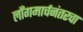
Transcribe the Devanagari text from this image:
लाँगमार्चनंतरचा